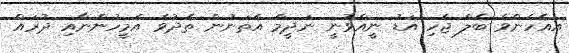
އއެހެންވެ ބެލް ޖެހި އަޑު ނީއްވުނީ ނަދީމް އެތަނުން ތެދުވެ އެމީހުންނާއި ދުރައް